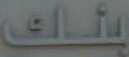
بنك